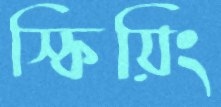
স্কিয়িং